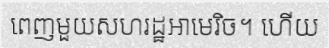
ពេញមួយសហរដ្ឋអាមេរិច។ ហើយ